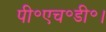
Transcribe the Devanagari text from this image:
पी॰एच॰डी॰।